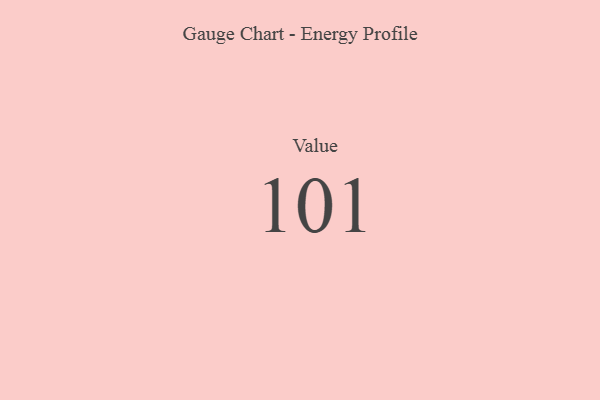
{"axis": {"x": "Metric", "y": "Value"}, "legend": [""], "data": [{"x": "Value", "y": 101, "type": ""}]}